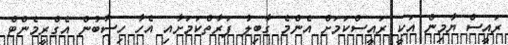
ރައީސް ޔާމިން އަކީ ރައީސްކަމަށް އެންމެ ގާބިލު ފަރާތްކަމަށާއި އެހާ ހިސާބުން އެގްރީމެންޓް